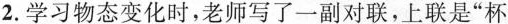
2.学习物态变化时，老师写了一副对联，上联是”杯